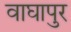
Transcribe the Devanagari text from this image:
वाघापुर